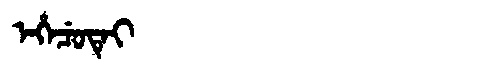
Manchu: ᡝᡥᡝᠴᡠᡨᡝᡳ
Romanization: EHECUTEI